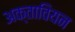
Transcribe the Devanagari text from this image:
अक्तावियन